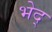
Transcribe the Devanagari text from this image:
भेद्